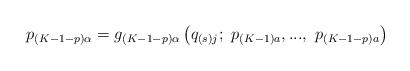
LaTeX: \begin{align*}p_{\left( K-1-p\right) \alpha }=g_{\left( K-1-p\right) \alpha }\left(q_{\left( s\right) j};\ p_{\left( K-1\right) a},...,\ p_{\left( K-1-p\right)a}\right) \end{align*}